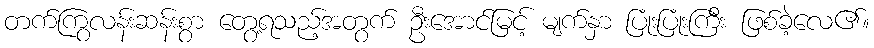
တက်ကြွလန်းဆန်းစွာ တွေ့ရသည့်အတွက် ဦးအောင်မြင့် မျက်နှာ ပြုံးပြုံးကြီး ဖြစ်ခဲ့လေ၏။